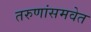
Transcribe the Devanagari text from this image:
तरुणांसमवेत